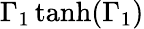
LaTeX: \Gamma_{1}\operatorname{tanh}(\Gamma_{1})